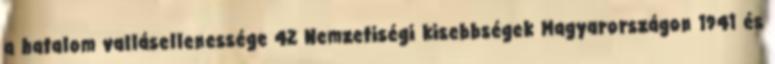
a hatalom vallásellenessége 42 Nemzetiségi kisebbségek Magyarországon 1941 és